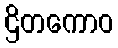
ဌိတကောဝ